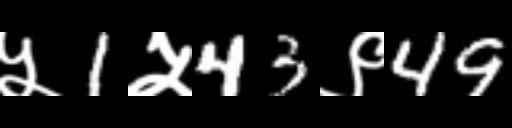
Text: ५1५43९49